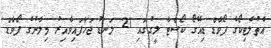
އެތުލެޓިކޯގެ ފޯވާޑް ޑިއޭގޯ ކޯސްޓާ ލީގުގައި 21 ލަނޑު ޖަހާފައިވާއިރު މިލާނުގެ ފޯވާޑް